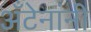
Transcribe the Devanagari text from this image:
अँटेनांनी